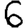
Digit: 6